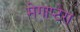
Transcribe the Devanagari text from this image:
मेगाप्टेरा